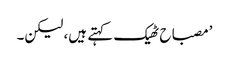
’مصباح ٹھیک کہتے ہیں، لیکن۔